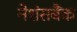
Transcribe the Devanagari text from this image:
नेशंसबैंक